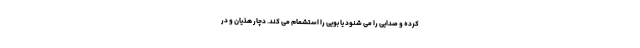
کرده و صدایی را می شنود یا بویی را استشمام می کند. دچار هذیان و در